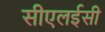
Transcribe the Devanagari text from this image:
सीएलईसी